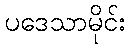
ပဒေသာမိုင်း